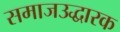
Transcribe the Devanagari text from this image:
समाजउद्धारक